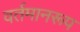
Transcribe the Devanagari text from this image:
वर्तमानरूप